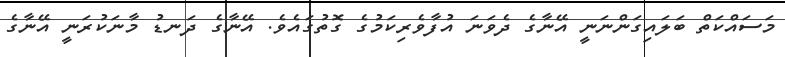
މަސައްކަތް ބަލައިގަންނަނީ އޭނާގެ ދެވަނަ އުފާވެރިކަމުގެ ގޮތުގައެވެ. އޭނާގެ ދަނޑު މާނަކުރަނީ އޭނާގެ